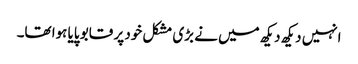
انہیں دیکھ دیکھ میں نے بڑی مشکل خود پر قابو پایا ہوا تھا۔